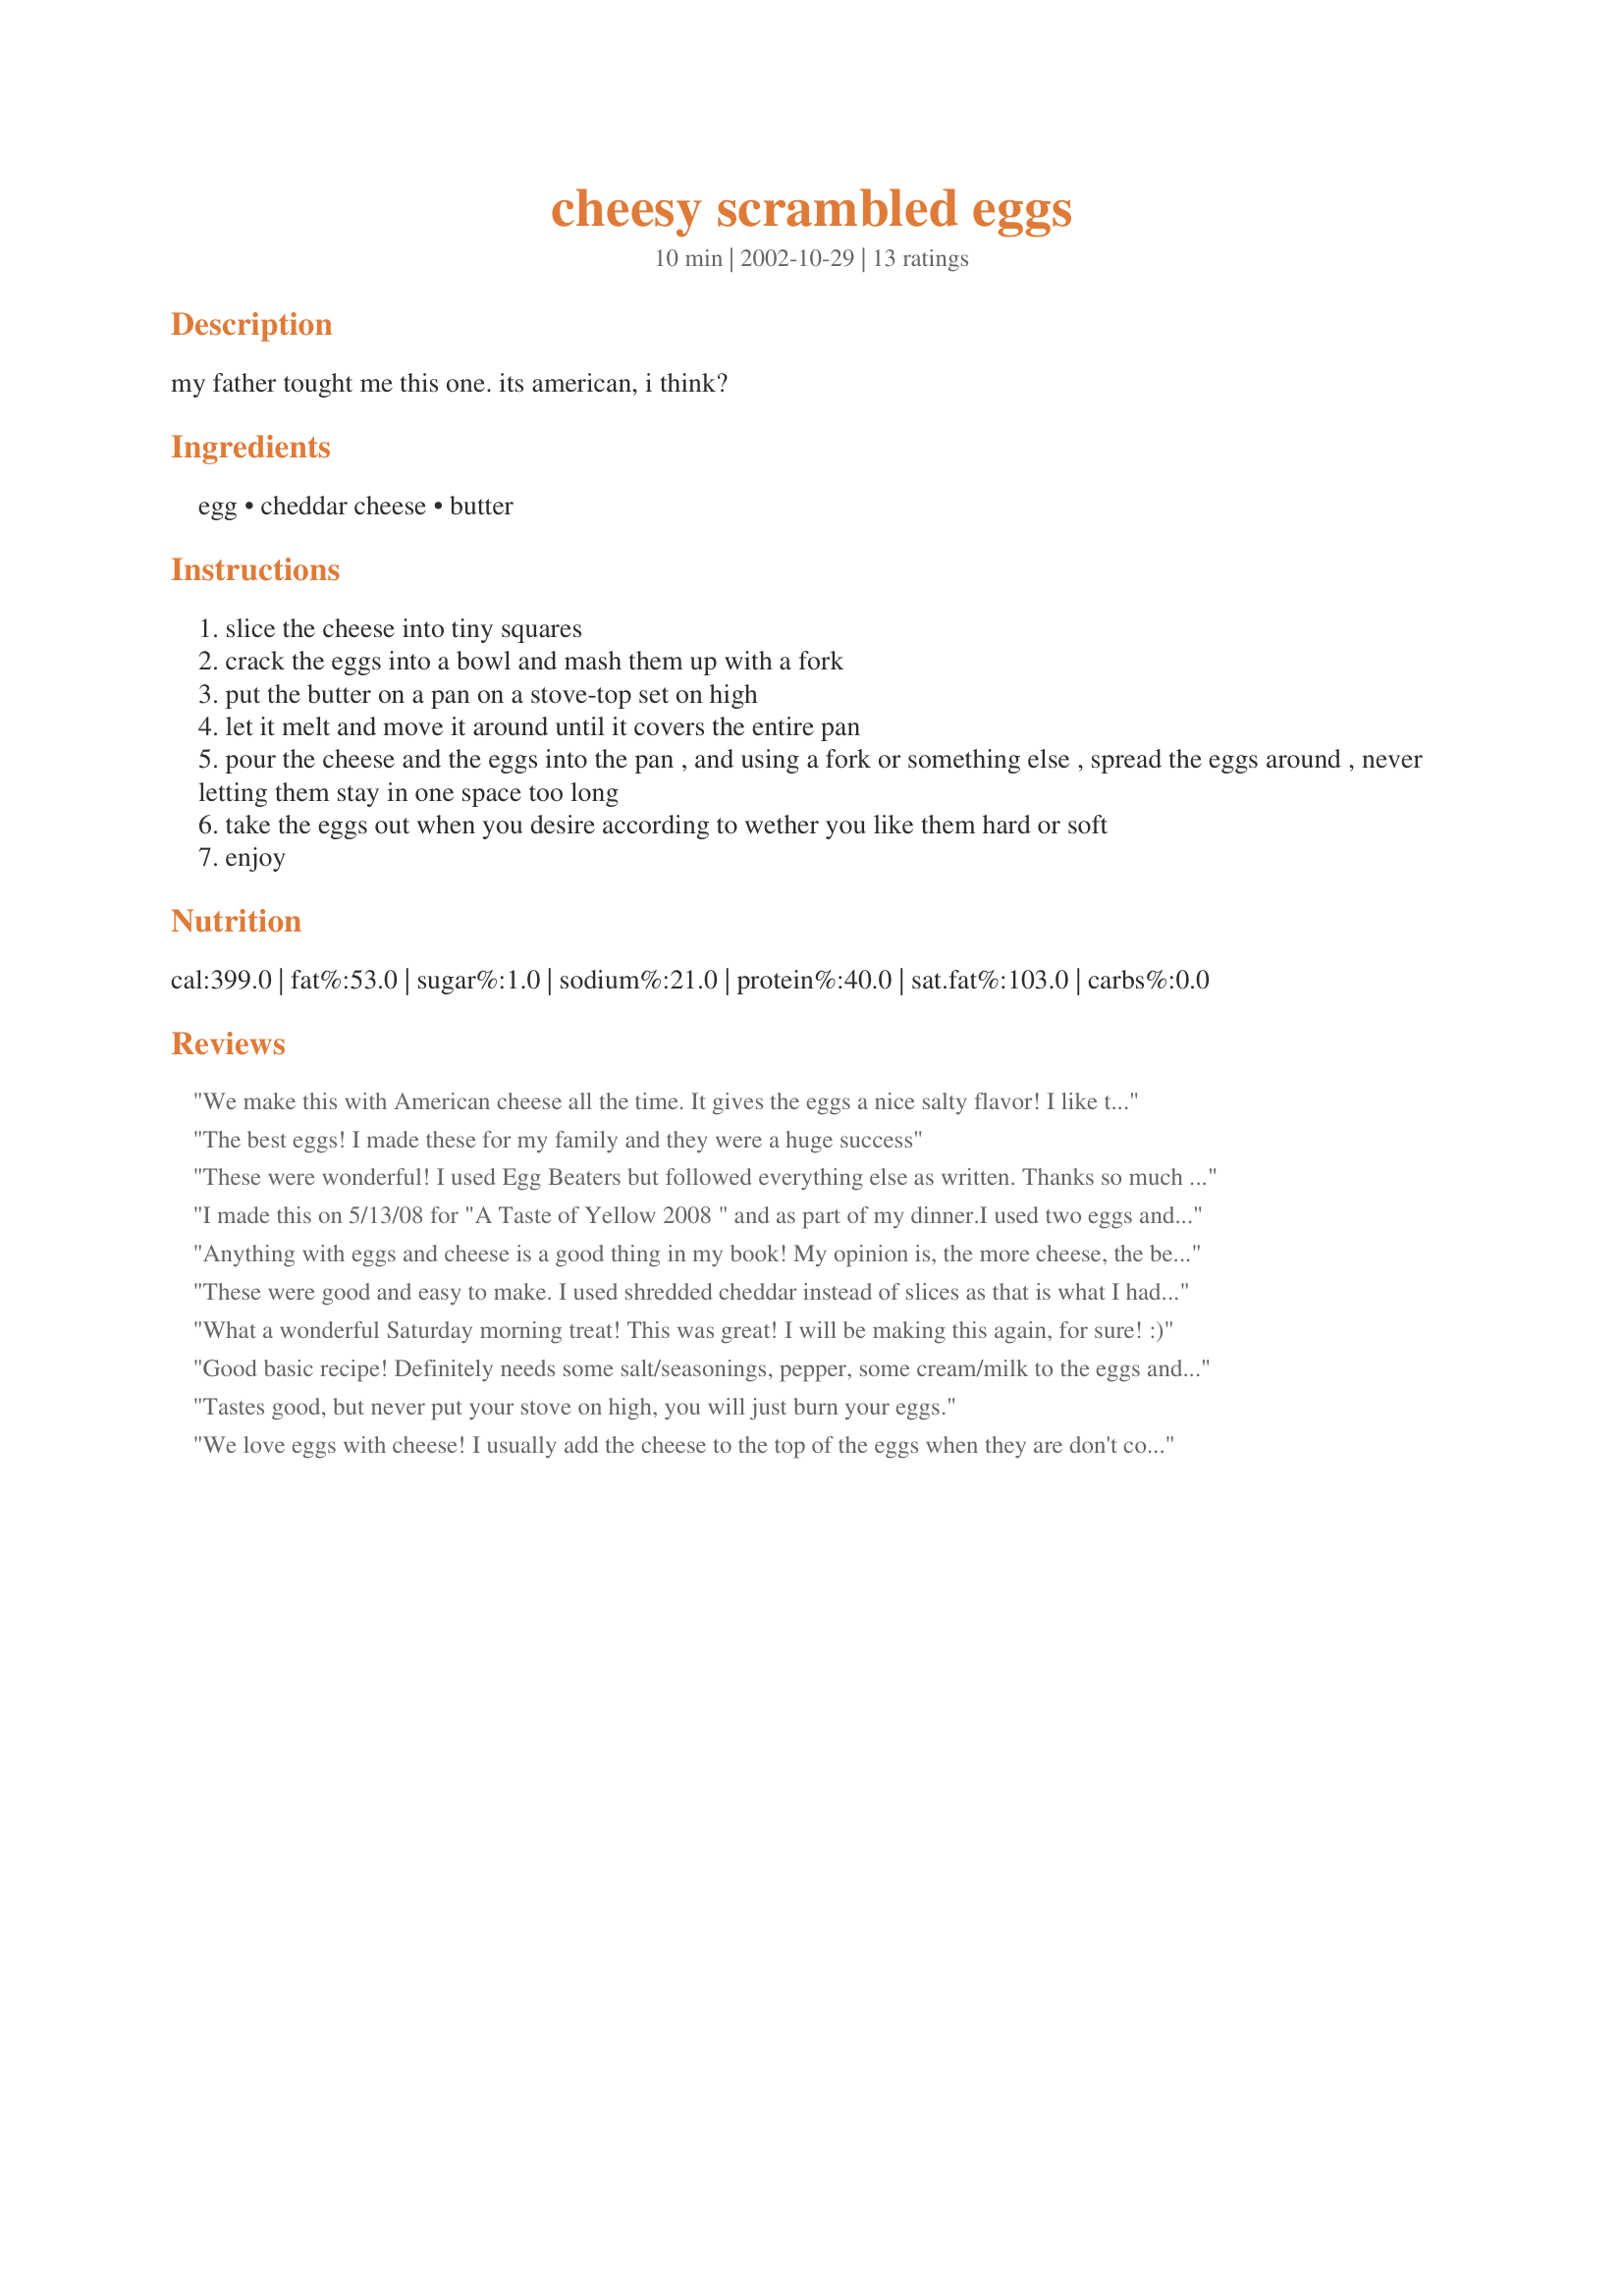
cheesy scrambled eggs
Preparation time: 10 minutes

my father tought me this one. its american, i think?

Ingredients:
egg, cheddar cheese, butter

Steps:
slice the cheese into tiny squares
crack the eggs into a bowl and mash them up with a fork
put the butter on a pan on a stove-top set on high
let it melt and move it around until it covers the entire pan
pour the cheese and the eggs into the pan , and using a fork or something else , spread the eggs around , never letting them stay in one space too long
take the eggs out when you desire according to wether you like them hard or soft
enjoy

Reviews:
We make this with American cheese all the time. It gives the eggs a nice salty flavor! I like to let the butter brown a bit before putting the eggs and cheese in and then move it around in the pan with a spatula. DH likes it looser and without browned butter-just another option. Thanks for posting.
The best eggs! I made these for my family and they were a huge success
These were wonderful! I used Egg Beaters but followed everything else as written. Thanks so much for posting!
I made this on 5/13/08 for "A Taste of Yellow 2008 " and as part of my dinner.I used two eggs and one slice of American cheese,torn into bite sized pieces for a single portion.This was a very simple recipe to make,and sometimes simple is the best. This will be made again. Thanks for posting and ,"Keep Smiling :)"
Anything with eggs and cheese is a good thing in my book! My opinion is, the more cheese, the better!
For a change, try substituting the cheese with cream of chicken soup (1/2 can per 4 eggs). Delicious twist! You can find the recipe here:
http://www.recipezaar.com/216002
These were good and easy to make. I used shredded cheddar instead of slices as that is what I had. I did add pepper to the mixture. We all enjoyed these.
What a wonderful Saturday morning treat! This was great! I will be making this again, for sure! :)
Good basic recipe! Definitely needs some salt/seasonings, pepper, some cream/milk to the eggs and definitely cook at a lower heat.
Tastes good, but never put your stove on high, you will just burn your eggs.
We love eggs with cheese! I usually add the cheese to the top of the eggs when they are don't cooking, but this was a nice change to have the eggs mixed in. I used 6 eggs and about 1 cup shredded cheese. Made for I Recommend Tag.
Really good simple eggs. You could add some other goodies - but it's great as is. Thanks Ikasu for sharing. Made for Alphabet Chef Soup Tag.
This is a great recipe that I have been making my own version for years. I would suggest an addition to try. Add some smoked ham that has been minced up to the mixture. You could also add some minced onion but should sautee the onion first so that it is not hardwhen cooked. Here in the philippines we might even add a vegetable called pechie. Mince it up and it will enhance the recipe with timy bits of green coloring,,,add a minced red tomato and you have a very colorful and full of flavour, breakfast... just some thoughts to enhance an allready great recipe..enjoy!
I made this for 2 using 4 eggs and a small handfull of grated vintage cheddar that I had left over from a previous recipe and the DM and I very much enjoyed our brunch with bacon and wholemeal/wholgrain buttered toasted bread. Thank you Ikasu and lazyme for recommending, made for I Recommend Tag Game.
